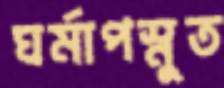
ঘর্মাপস্নুত